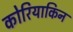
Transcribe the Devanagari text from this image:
कोरियाकिन